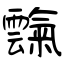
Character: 霼